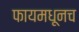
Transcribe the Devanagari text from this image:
फायमधूनच